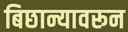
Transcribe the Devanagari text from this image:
बिछान्यावरून